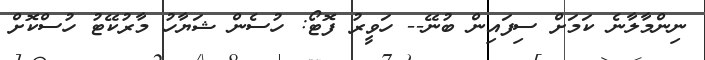
ނިންމާލާނެ ކަމަށް ސިފައިން ބުނޭ-- ހަވީރު ފޮޓޯ: ހުސެން ޝަޔާހު މާރުކޭޓު ހުސްކޮށް